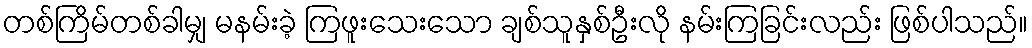
တစ်ကြိမ်တစ်ခါမျှ မနမ်းခဲ့ ကြဖူးသေးသော ချစ်သူနှစ်ဦးလို နမ်းကြခြင်းလည်း ဖြစ်ပါသည်။